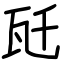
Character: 瓩